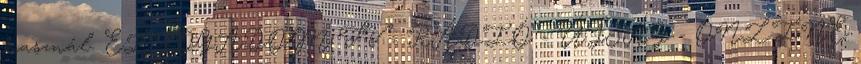
használ. ELFOGADOM TV - RÁDIÓ - ÚJSÁG - ONLINE